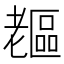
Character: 𦓇